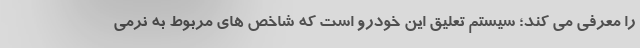
را معرفی می کند؛ سیستم تعلیق این خودرو است که شاخص های مربوط به نرمی